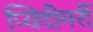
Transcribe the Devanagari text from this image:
प्यिदीमर्री